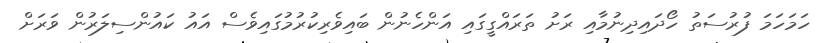
ހަމަހަމަ ފުރުސަތު ހޯދައިދިނުމާއި ރަށު ތަރައްގީގައި އަންހެނުން ބައިވެރިކުރުމުގައިވެސް އައު ކައުންސިލަރުން ވަރަށް